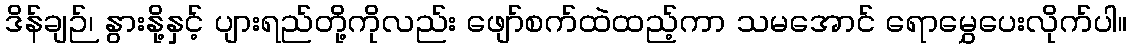
ဒိန်ချဉ်၊ နွားနို့နှင့် ပျားရည်တို့ကိုလည်း ဖျော်စက်ထဲထည့်ကာ သမအောင် ရောမွှေပေးလိုက်ပါ။